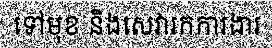
ទៅមុខ និងសេវារកការងារ